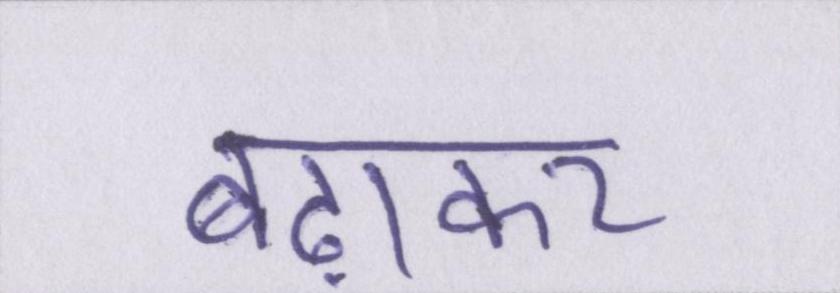
बढ़ाकर